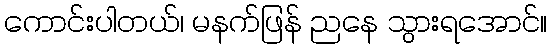
ကောင်းပါတယ်၊ မနက်ဖြန် ညနေ သွားရအောင်။